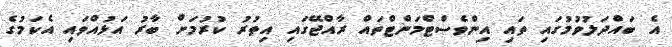
އެ ބައްދަލުވުމުގައި ތައި އިންވެސްޓްމަންޓްތައް ރާއްޖޭގައި އިތުރު ކުރުމަށް ބާރު އަޅުއްވައި އެކަމުގެ